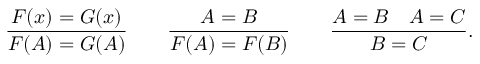
{ \frac { F ( x ) = G ( x ) } { F ( A ) = G ( A ) } } \qquad { \frac { A = B } { F ( A ) = F ( B ) } } \qquad { \frac { A = B \quad A = C } { B = C } } .